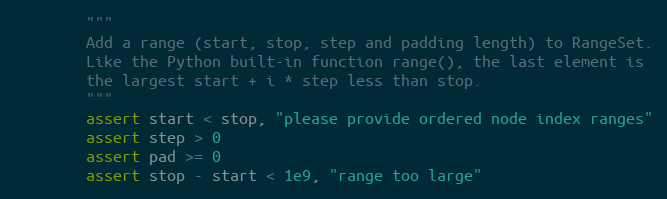
Language: Python
        """
        Add a range (start, stop, step and padding length) to RangeSet.
        Like the Python built-in function range(), the last element is
        the largest start + i * step less than stop.
        """
        assert start < stop, "please provide ordered node index ranges"
        assert step > 0
        assert pad >= 0
        assert stop - start < 1e9, "range too large"